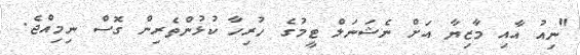
"ނިއު އާއި މާޒިޔާ އަށް ނެޝަނަލް ޓީމުގެ ހުރިހާ ކުޅުންތެރިން ގޮސް ނިމިއްޖެ.